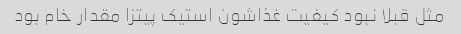
مثل قبلا نبود کیفیت غذاشون استیک پیتزا مقدار خام بود